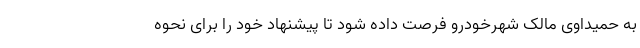
به حمیداوی مالک شهرخودرو فرصت داده شود تا پیشنهاد خود را برای نحوه